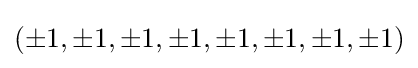
(\pm 1,\pm 1,\pm 1,\pm 1,\pm 1,\pm 1,\pm 1,\pm 1)